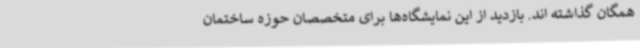
همگان گذاشته اند. بازدید از این نمایشگاه‌ها برای متخصصان حوزه ساختمان